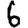
Digit: 6